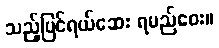
သည့်ပြင်ရယ်ဆေး ရမည်ဝေး။